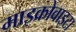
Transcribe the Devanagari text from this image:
माइक्रोवाइटा